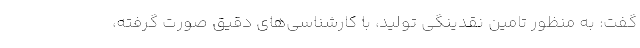
گفت: به منظور تامین نقدینگی تولید، با کارشناسی‌های دقیق صورت گرفته،